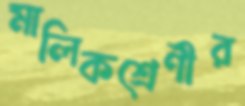
মালিকশ্রেণীর